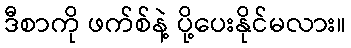
ဒီစာကို ဖက်စ်နဲ့ ပို့ပေးနိုင်မလား။